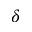
\delta